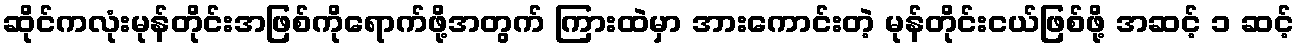
ဆိုင်ကလုံးမုန်တိုင်းအဖြစ်ကိုရောက်ဖို့အတွက် ကြားထဲမှာ အားကောင်းတဲ့ မုန်တိုင်းငယ်ဖြစ်ဖို့ အဆင့် ၁ ဆင့်